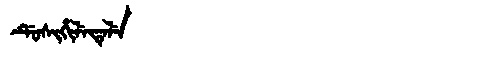
Manchu: ᡩᡠᠰᡳᡥᡳᠯᡝᡨᡝᠯᡝ
Romanization: DUSIHILETELE